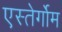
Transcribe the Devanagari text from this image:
एस्तेर्गोम